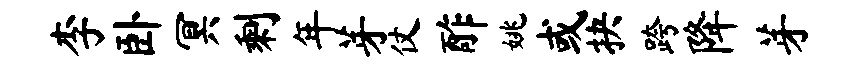
李卧冥剩年芽仗酢姚或抉跨降芽